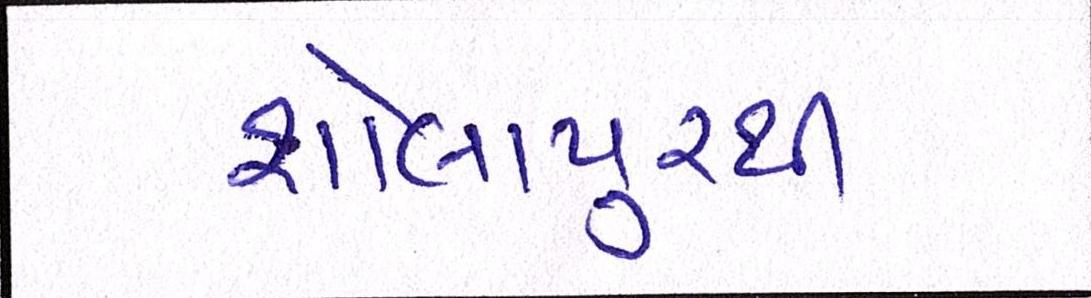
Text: શોલાપુરથી